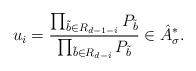
LaTeX: \begin{align*}u_i=\frac{\prod_{\tilde{b}\in R_{d-1-i}} P_{\tilde{b}}}{ \prod_{\tilde{b}\in R_{d-i}} P_{\tilde{b}}} \in \hat{A}_{\sigma}^*.\end{align*}